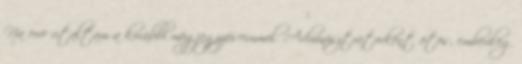
Na erre utaltam a korábbi megjegyzéseimmel. Adminisztrátorként ötös, emberileg